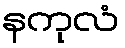
နကုလံ